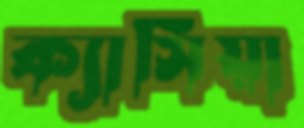
ক্যাসিয়া